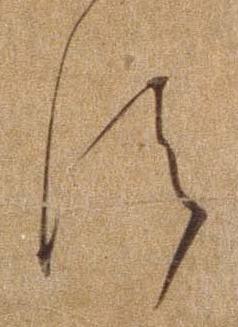
す